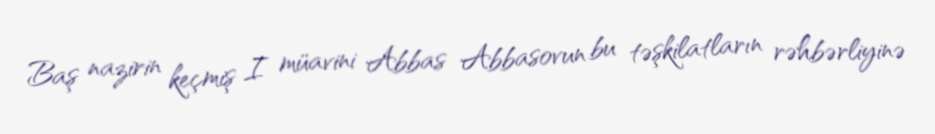
Baş nazirin keçmiş I müavini Abbas Abbasovun bu təşkilatların rəhbərliyinə